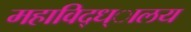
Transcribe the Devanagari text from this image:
महाविद्ध्ालय